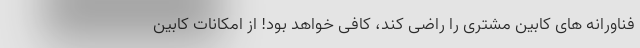
فناورانه های کابین مشتری را راضی کند، کافی خواهد بود! از امکانات کابین